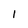
Character: I